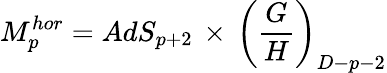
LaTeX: M_{p}^{hor}=AdS_{p+2}\, \times\, \left(\frac{G}{H}\right)_{D-p-2}